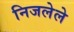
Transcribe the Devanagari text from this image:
निजलेले